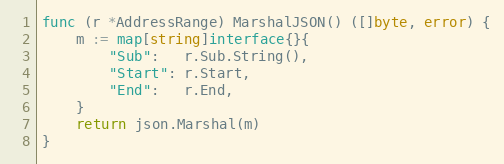
Language: Go
func (r *AddressRange) MarshalJSON() ([]byte, error) {
	m := map[string]interface{}{
		"Sub":   r.Sub.String(),
		"Start": r.Start,
		"End":   r.End,
	}
	return json.Marshal(m)
}